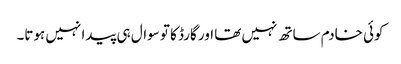
کوئی خادم ساتھ نہیں تھا اور گارڈ کا تو سوال ہی پیدا نہیں ہوتا۔